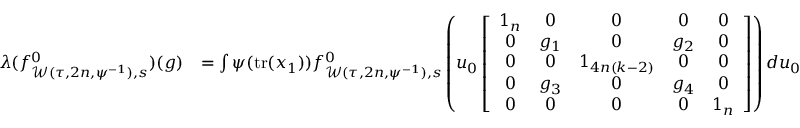
\begin{array} { r l } { \lambda ( f _ { \mathcal { W } ( \tau , 2 n , \psi ^ { - 1 } ) , s } ^ { 0 } ) ( g ) } & { = \int \psi ( \mathrm { t r } ( x _ { 1 } ) ) f _ { \mathcal { W } ( \tau , 2 n , \psi ^ { - 1 } ) , s } ^ { 0 } \left( u _ { 0 } \left[ \begin{array} { c c c c c } { 1 _ { n } } & { 0 } & { 0 } & { 0 } & { 0 } \\ { 0 } & { g _ { 1 } } & { 0 } & { g _ { 2 } } & { 0 } \\ { 0 } & { 0 } & { 1 _ { 4 n ( k - 2 ) } } & { 0 } & { 0 } \\ { 0 } & { g _ { 3 } } & { 0 } & { g _ { 4 } } & { 0 } \\ { 0 } & { 0 } & { 0 } & { 0 } & { 1 _ { n } } \end{array} \right] \right) d u _ { 0 } } \end{array}